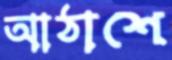
আঠাশে